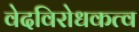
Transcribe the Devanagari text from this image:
वेदविरोधकत्व